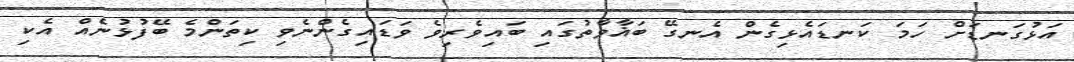
އަޅުގަނޑަށް ހަމަ ކަނޑައެޅިގެން އެނގޭ ބަޣާވާތުގައި ބައިވެރިވެ ވަޑައިގެންނެވި ކިތަންމެ ބޭފުޅުނެއް އެކި